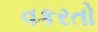
વકરતો